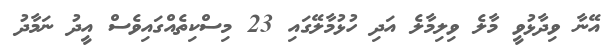
އޭނާ ވިދާޅުވީ މާލެ ވިލިމާލެ އަދި ހުޅުމާލޭގައި 23 މިސްކިތެއްގައިވެސް އީދު ނަމާދު